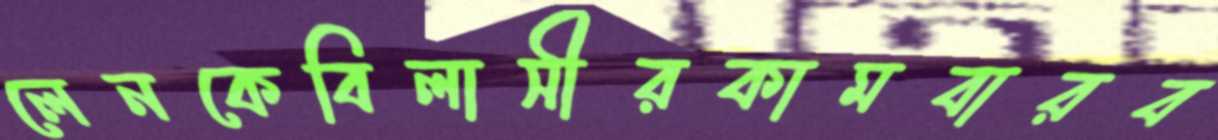
লেনকেবিলাসীরকামবারব